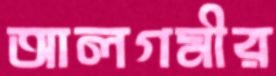
আলগমীর